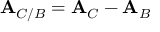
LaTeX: \mathbf { A } _ { C / B } = \mathbf { A } _ { C } - \mathbf { A } _ { B }